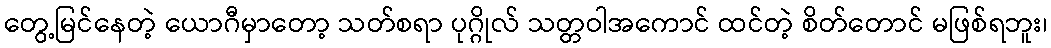
တွေ့မြင်နေတဲ့ ယောဂီမှာတော့ သတ်စရာ ပုဂ္ဂိုလ် သတ္တဝါအကောင် ထင်တဲ့ စိတ်တောင် မဖြစ်ရဘူး၊